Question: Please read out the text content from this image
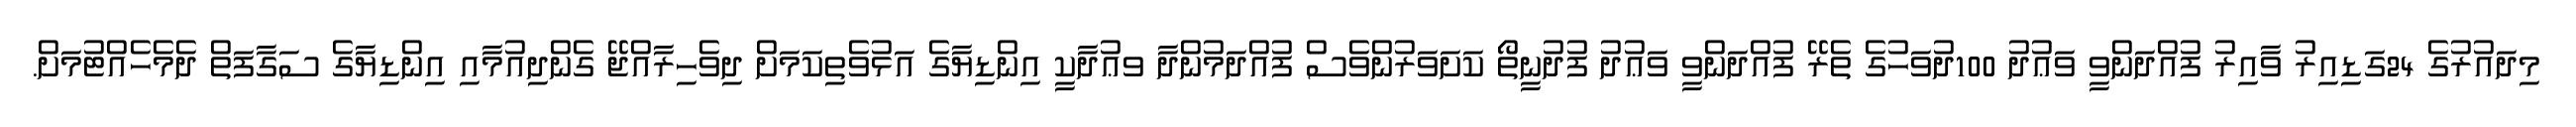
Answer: މިދައުރުގެ 24ގަޑިއިރު ވާއިރު ފުއްދަންވީ ވަޢުދު 100ދުވަހުގެ ތެރޭ ފުއްދަންވީ ވަޢުދު ފުދުނީތޯ ކަށަވަރުންވެސް ފުއްދަމުންދާ ވޢުދާކީ އިންޑިޔާގެ އަޅުވެތިކަމަށް ދިވެހިރާއްޖޭ ގެންދިއުމާއި އިންޑިޔާގެ ސަގާފަތް ދެމެހެއްޓުމަށް.